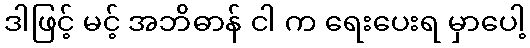
ဒါဖြင့် မင့် အဘိဓာန် ငါ က ရေးပေးရ မှာပေါ့